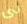
بى